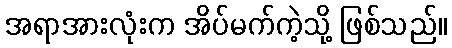
အရာအားလုံးက အိပ်မက်ကဲ့သို့ ဖြစ်သည်။